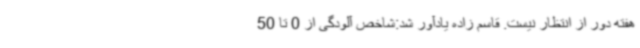
هفته دور از انتظار نیست. قاسم زاده یادآور شد:شاخص آلودگی از 0 تا 50